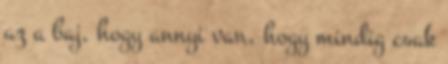
az a baj, hogy annyi van, hogy mindig csak